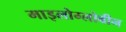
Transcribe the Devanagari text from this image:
माइलोग्लोबीन